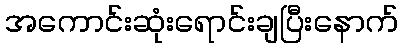
အကောင်းဆုံးရောင်းချပြီးနောက်